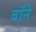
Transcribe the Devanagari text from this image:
बॉने